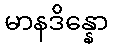
မာနဒိန္နော